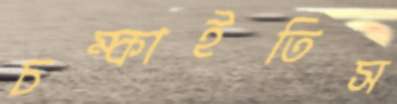
চম্‌কাইতিস